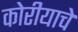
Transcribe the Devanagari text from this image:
कोरीयाचे